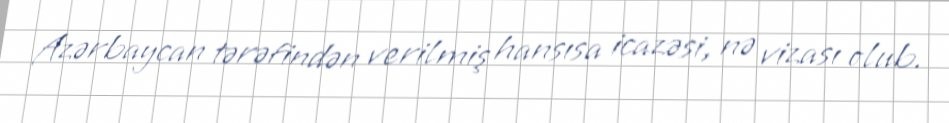
Azərbaycan tərəfindən verilmiş hansısa icazəsi, nə vizası olub.